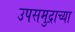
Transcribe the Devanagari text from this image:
उपसमुद्राच्या